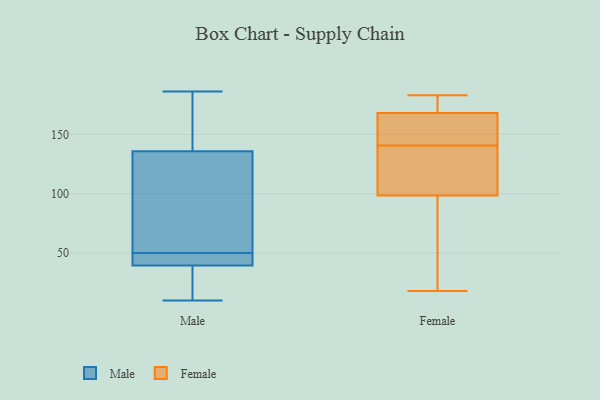
{"axis": {"x": "Waste Production (Tons)", "y": "Value"}, "legend": ["Female", "Male"], "data": [{"x": "", "y": 40, "type": "Male"}, {"x": "", "y": 76, "type": "Male"}, {"x": "", "y": 163, "type": "Male"}, {"x": "", "y": 90, "type": "Male"}, {"x": "", "y": 38, "type": "Male"}, {"x": "", "y": 18, "type": "Male"}, {"x": "", "y": 10, "type": "Male"}, {"x": "", "y": 17, "type": "Male"}, {"x": "", "y": 186, "type": "Male"}, {"x": "", "y": 41, "type": "Male"}, {"x": "", "y": 135, "type": "Male"}, {"x": "", "y": 50, "type": "Male"}, {"x": "", "y": 138, "type": "Male"}, {"x": "", "y": 48, "type": "Male"}, {"x": "", "y": 154, "type": "Male"}, {"x": "", "y": 117, "type": "Male"}, {"x": "", "y": 43, "type": "Male"}, {"x": "", "y": 153, "type": "Female"}, {"x": "", "y": 129, "type": "Female"}, {"x": "", "y": 107, "type": "Female"}, {"x": "", "y": 70, "type": "Female"}, {"x": "", "y": 156, "type": "Female"}, {"x": "", "y": 94, "type": "Female"}, {"x": "", "y": 161, "type": "Female"}, {"x": "", "y": 183, "type": "Female"}, {"x": "", "y": 175, "type": "Female"}, {"x": "", "y": 107, "type": "Female"}, {"x": "", "y": 61, "type": "Female"}, {"x": "", "y": 178, "type": "Female"}, {"x": "", "y": 152, "type": "Female"}, {"x": "", "y": 178, "type": "Female"}, {"x": "", "y": 18, "type": "Female"}, {"x": "", "y": 103, "type": "Female"}]}